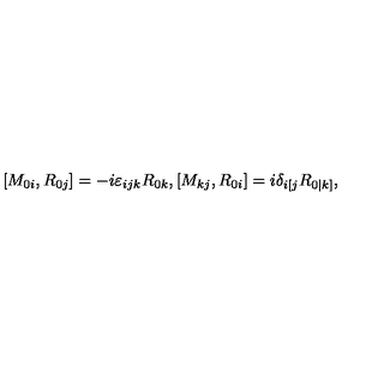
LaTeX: [ M _ { 0 i } , R _ { 0 j } ] = - i \varepsilon _ { i j k } R _ { 0 k } , [ M _ { k j } , R _ { 0 i } ] = i \delta _ { i [ j } R _ { 0 | k ] } ,